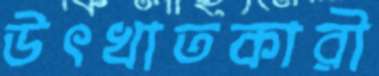
উৎখাতকারী